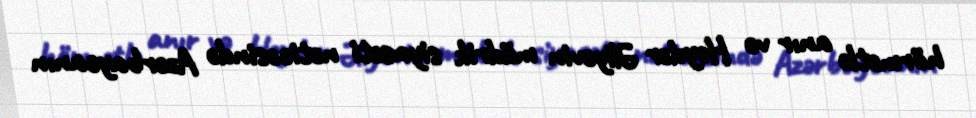
hörmətlə anır və Heydər Əliyevin müdrik siyasəti nəticəsində Azərbaycanın